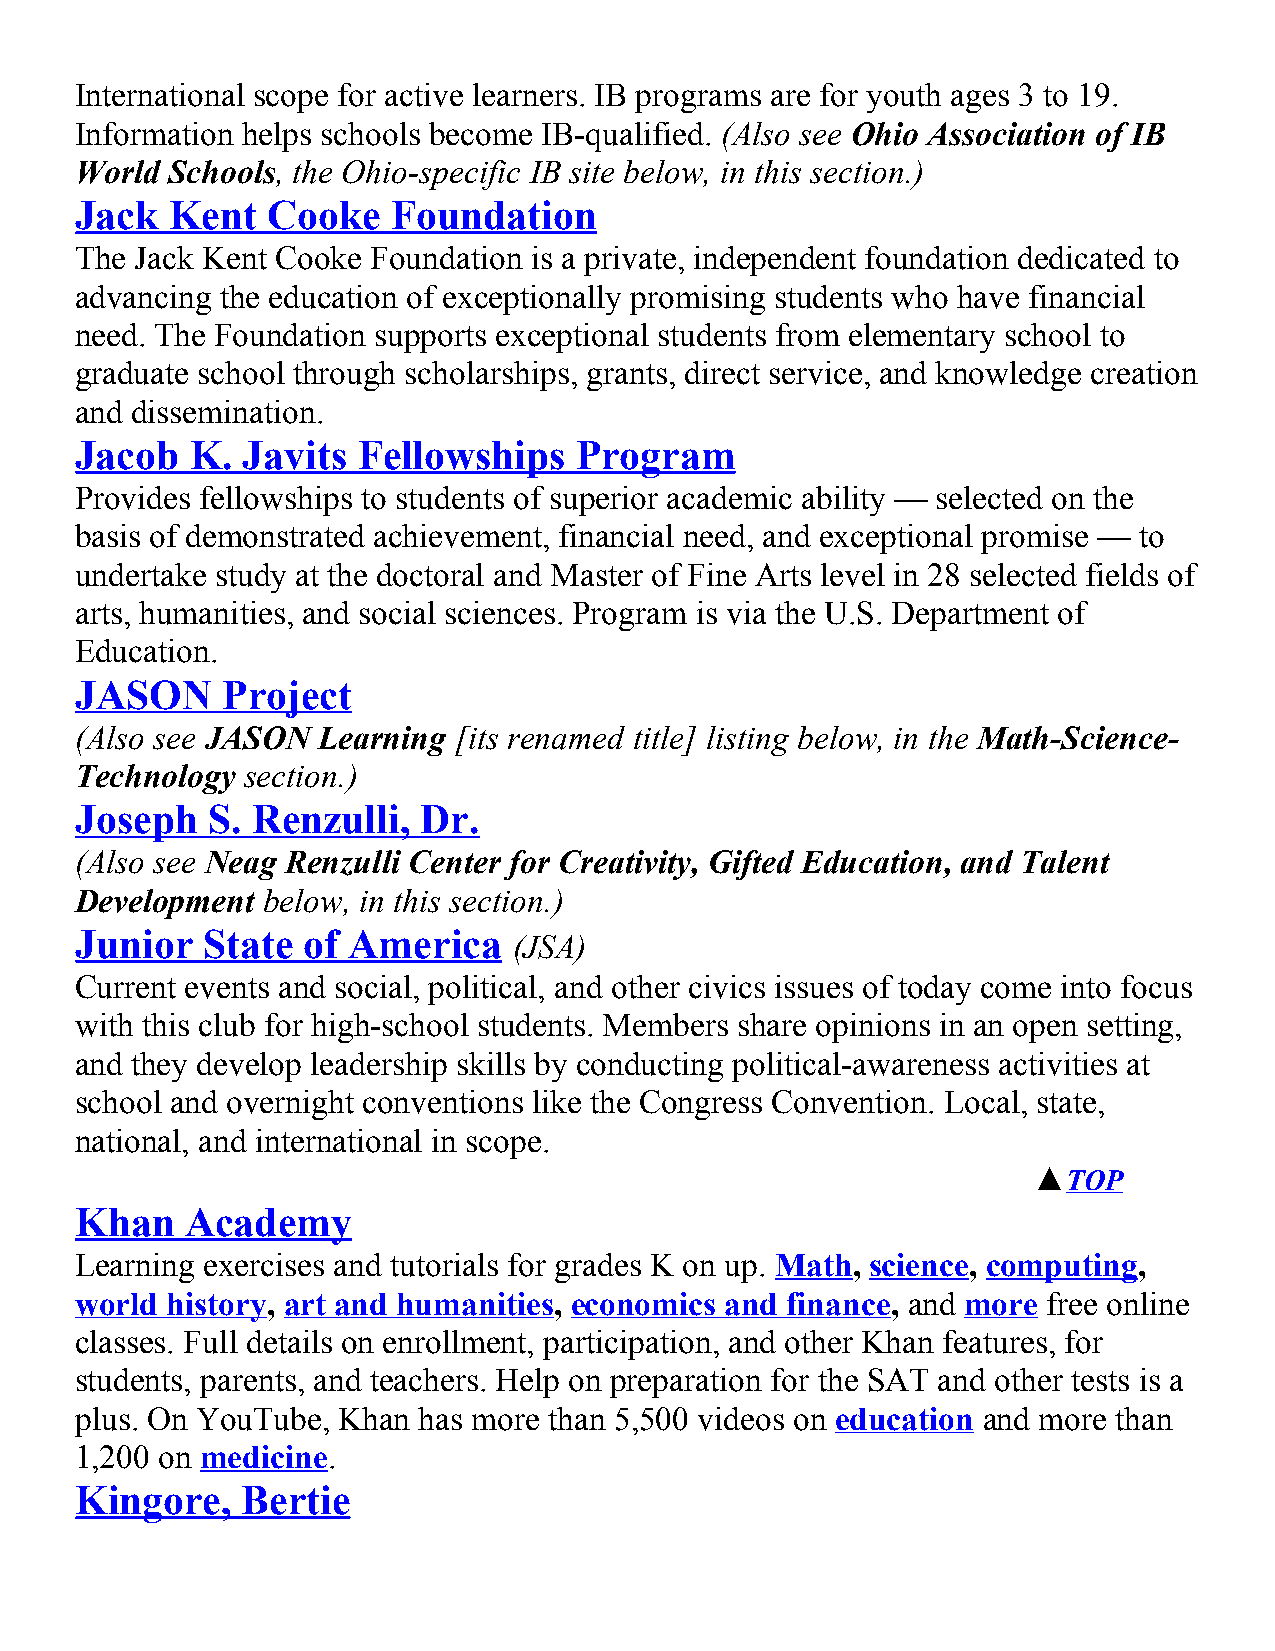
International scope for active learners. IB programs are for youth ages 3 to 19.
 Information helps schools become IB-qualified. (Also see Ohio Association of IB
 World Schools, the Ohio-specific IB site below, in this section.)
 Jack  Kent   Cooke   Foundation
 The Jack Kent Cooke Foundation is a private, independent foundation dedicated to
 advancing the education of exceptionally promising students who have financial
 need. The Foundation supports exceptional students from elementary school to
 graduate school through scholarships, grants, direct service, and knowledge creation
 and dissemination.
 Jacob   K. Javits  Fellowships   Program
 Provides fellowships to students of superior academic ability — selected on the
 basis of demonstrated achievement, financial need, and exceptional promise — to
 undertake study at the doctoral and Master of Fine Arts level in 28 selected fields of
 arts, humanities, and social sciences. Program is via the U.S. Department of
 Education.
 JASON     Project
 (Also see JASON Learning [its renamed title] listing below, in the Math-Science-
 Technology section.)
 Joseph   S. Renzulli,  Dr.
 (Also see Neag Renzulli Center for Creativity, Gifted Education, and Talent
 Development below, in this section.)
 Junior  State  of America
 (JSA)
 Current events and social, political, and other civics issues of today come into focus
 with this club for high-school students. Members share opinions in an open setting,
 and they develop leadership skills by conducting political-awareness activities at
 school and overnight conventions like the Congress Convention. Local, state,
 national, and international in scope.
 ▲TOP
 Khan   Academy
 Learning exercises and tutorials for grades K on up. Math, science, computing,
 world history, art and humanities, economics and finance, and more free online
 classes. Full details on enrollment, participation, and other Khan features, for
 students, parents, and teachers. Help on preparation for the SAT and other tests is a
 plus. On YouTube, Khan has more than 5,500 videos on education and more than
 1,200 on medicine.
 Kingore,   Bertie